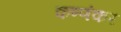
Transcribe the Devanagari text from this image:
कण्णंकर